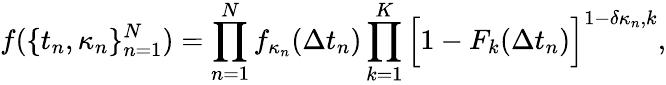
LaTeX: f(\{ t_{n},\kappa_{n}\} _{n=1}^{N})=\prod_{n=1}^{N}f_{\kappa_{n}}(\Delta t_{n})\prod_{k=1}^{K}\Big[1-F_{k}(\Delta t_{n})\Big]^{1-\delta{\kappa_{n},k}},